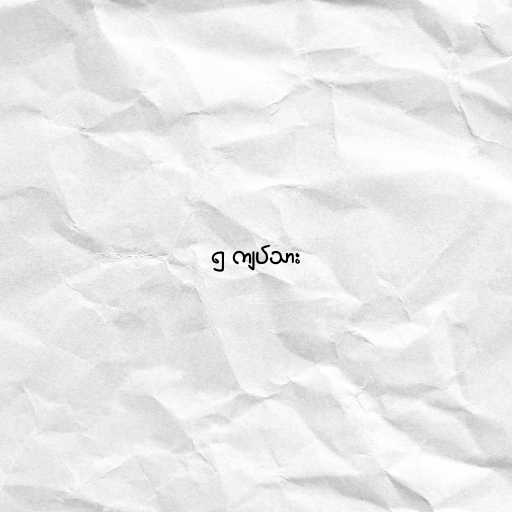
၅ ကျပ်သား